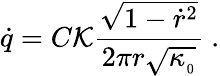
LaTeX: \dot{q}={C}{\cal K}{\frac{\sqrt{1-\dot{r}^{2}}}{2\pi r\sqrt{\kappa_{_0}}}}\ .